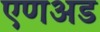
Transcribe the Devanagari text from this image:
एणअड